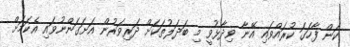
ކަން ފާހަގަ ކުރައްވައި އޭނާ ވިދާޅުވީ މި ބަދަލުތަކަށް ދަރިވަރުން އަށަގަންނުވައި އެކަމަށް